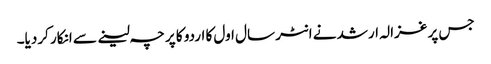
جس پر غزالہ ارشد نے انٹر سال اول کا اردو کا پرچہ لینے سے انکار کردیا۔